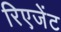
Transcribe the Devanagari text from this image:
रिएजेंट